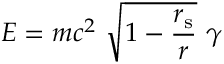
E = m c ^ { 2 } \ { \sqrt { 1 - { \frac { r _ { \mathrm { { s } } } } { r } } } } \ \gamma